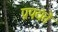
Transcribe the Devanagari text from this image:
प्रपद्यंते